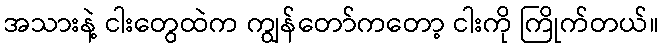
အသားနဲ့ ငါးတွေထဲက ကျွန်တော်ကတော့ ငါးကို ကြိုက်တယ်။